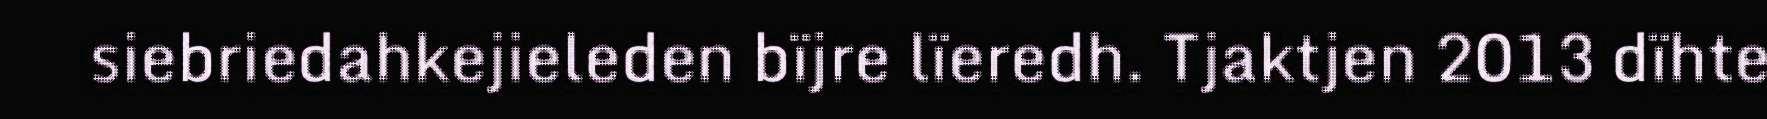
siebriedahkejieleden bïjre lïeredh. Tjaktjen 2013 dïhte